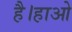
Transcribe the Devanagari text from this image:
है।हाओ